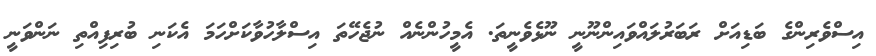
އިސްވެރިންގެ ބަޑިއަށް ރަބަރުލައްވައިންނޫނީ ނޫޅެވެނީތަ. އެމީހުންނެއް ނުޖެހޭތަ އިސްލާހުވާކަށްހަމަ އެކަނި ބުރިފިއްތި ނަންވަނީ